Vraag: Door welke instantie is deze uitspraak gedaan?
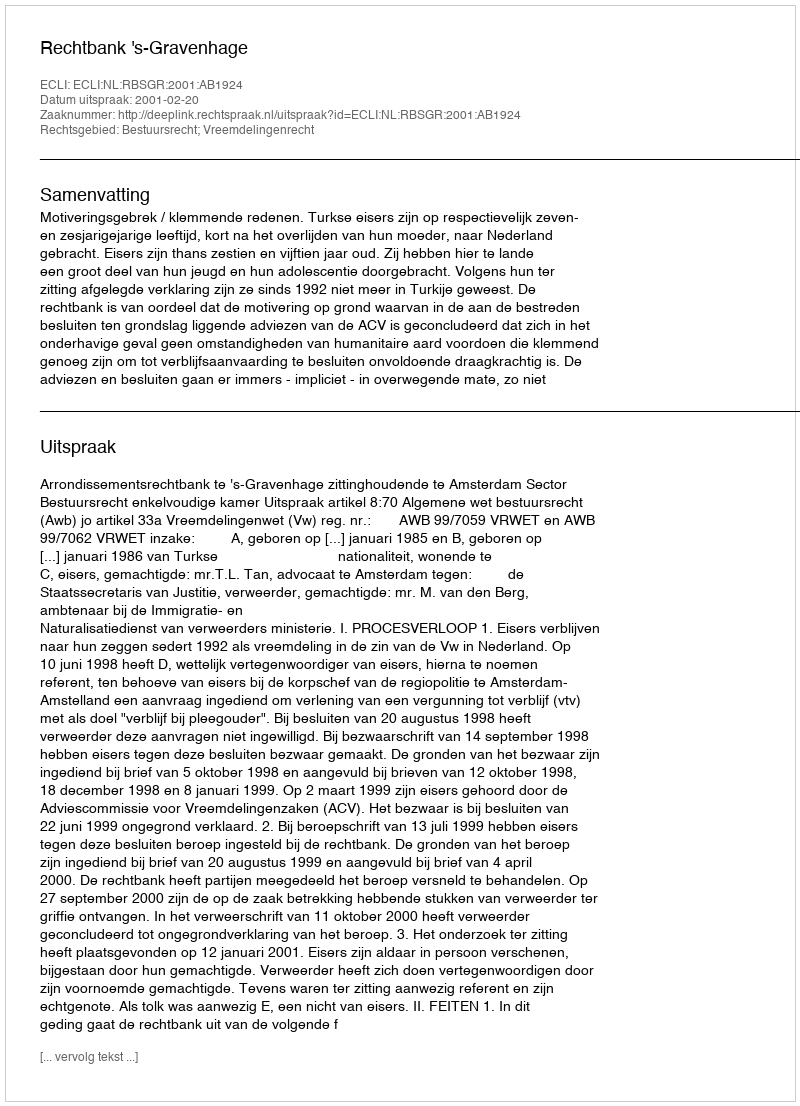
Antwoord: Rechtbank 's-Gravenhage